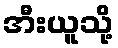
အီးယူသို့